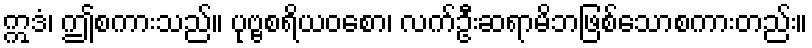
ဣဒံ၊ ဤစကားသည်။ ပုဗ္ဗစရိယဝစော၊ လက်ဦးဆရာမိဘဖြစ်သောစကားတည်း။